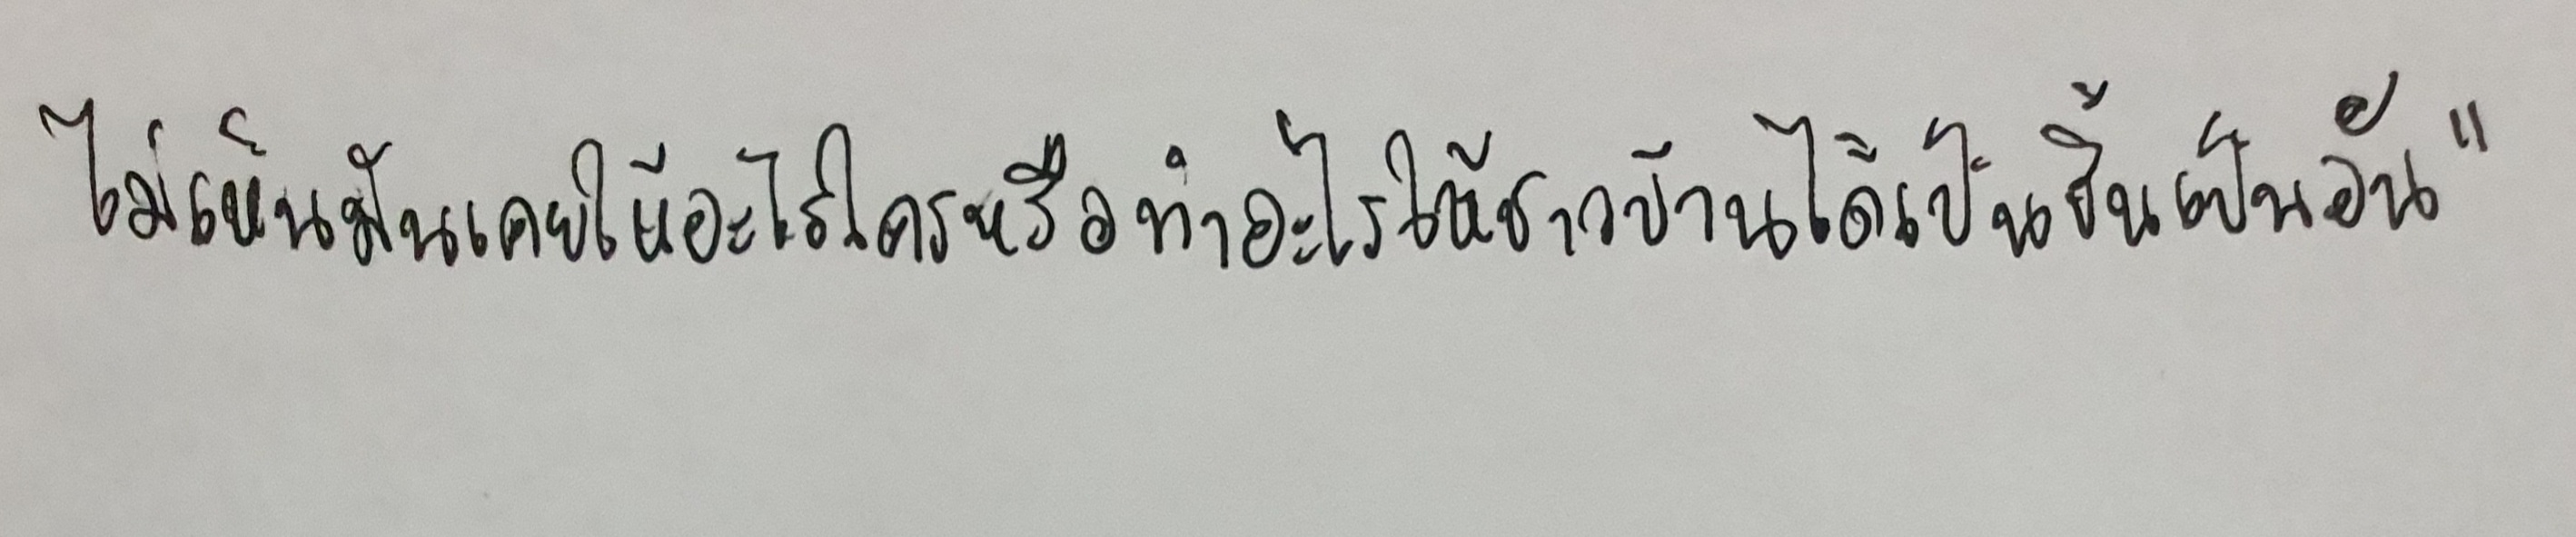
ไม่เห็นมันเคยให้อะไรใครหรือทำอะไรให้ชาวบ้านได้เป็นชิ้นเป็นอัน"